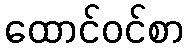
ထောင်ဝင်စာ